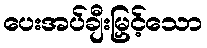
ပေးအပ်ချီးမြှင့်သော